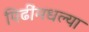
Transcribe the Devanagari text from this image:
पिढींमधल्या